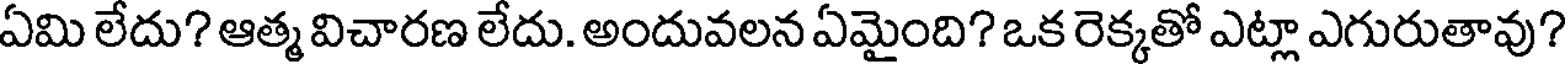
ఏమి లేదు? ఆత్మ విచారణ లేదు. అందువలన ఏమైంది? ఒక రెక్కతో ఎట్లా ఎగురుతావు?